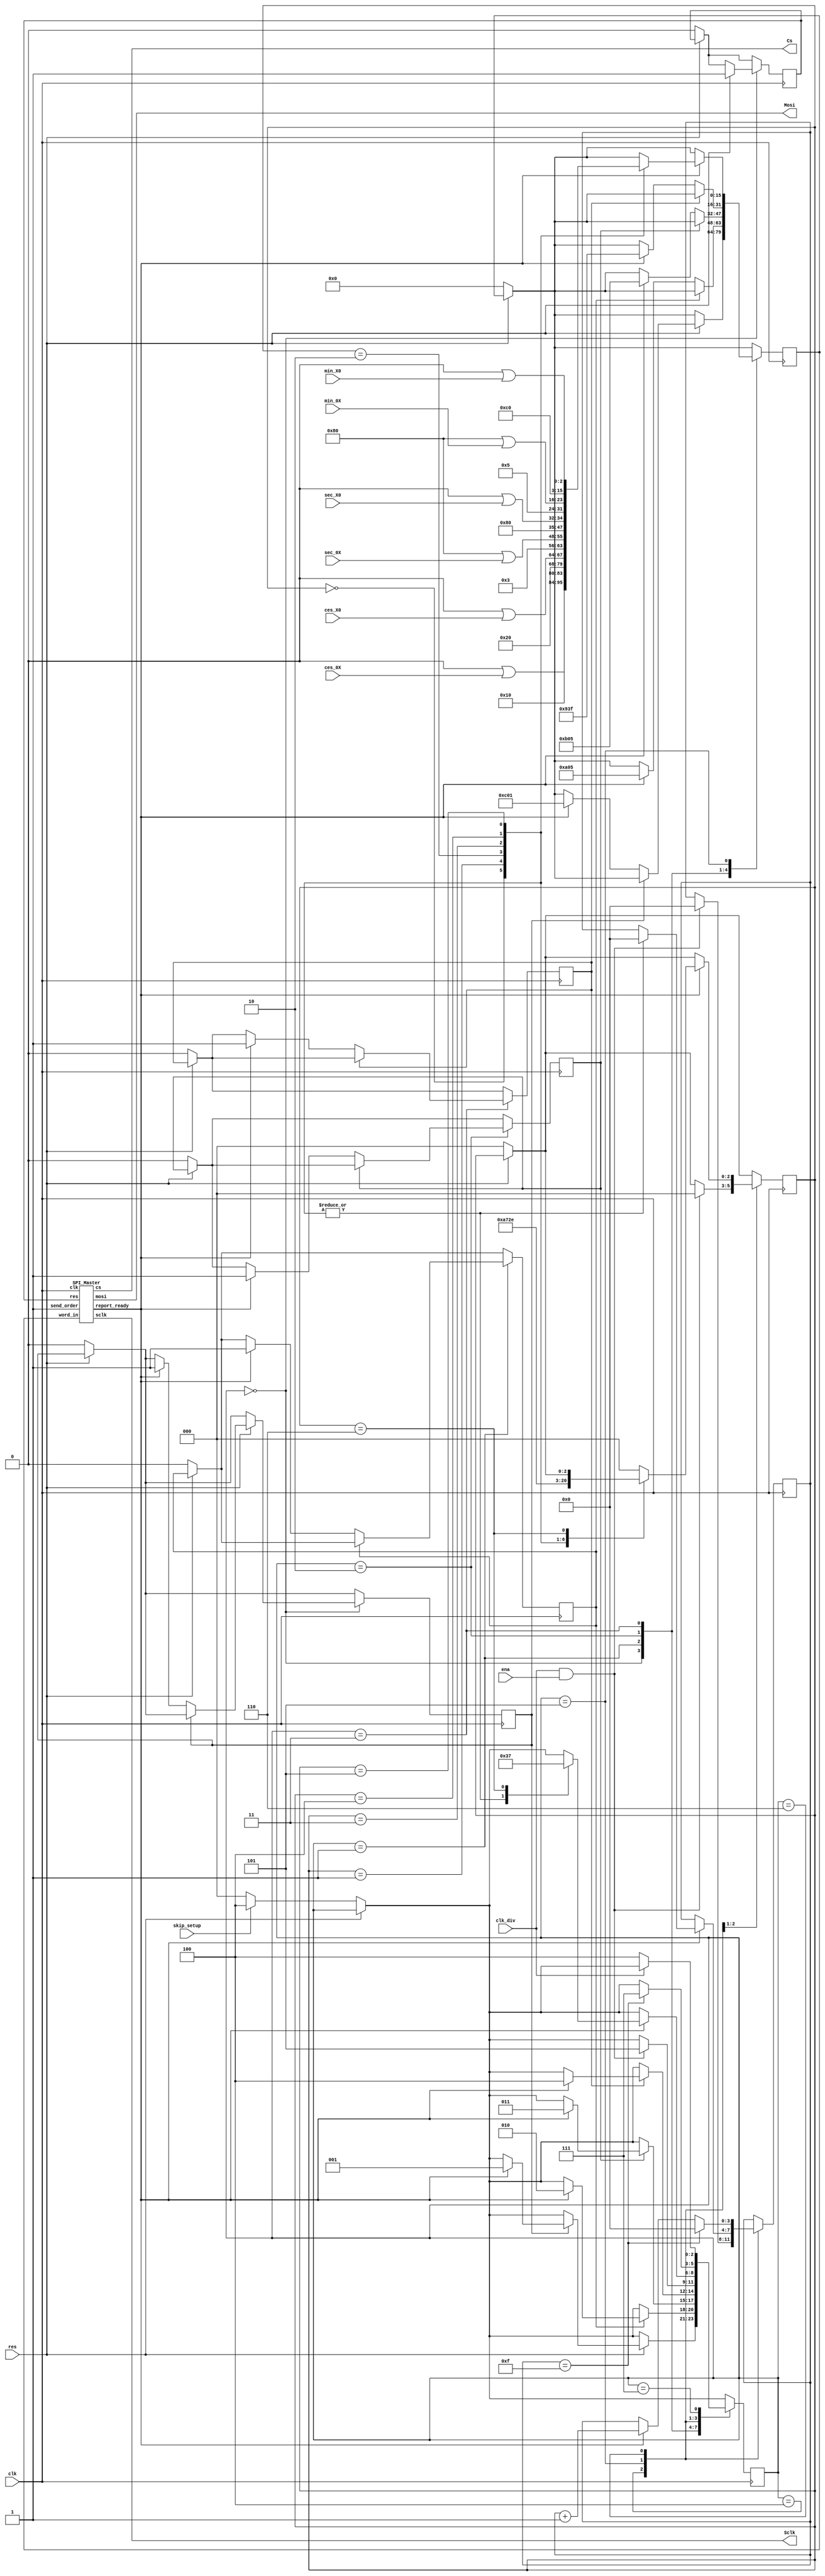
/*
 * Copyright (c) 2024 Fabio Ramirez Stern
 * SPDX-License-Identifier: Apache-2.0
 */

`define default_netname none

module SPI_driver (
  input wire clk, // 1 MHz clock to run the FSM and other loops
  input wire clk_div, // 100 Hz clock to trigger a time to be send out
  input wire res, // reset, active low
  input wire ena,

  input wire skip_setup, // high => do not send setup packages

  input wire [2:0] min_X0, // minutes
  input wire [3:0] min_0X,
  input wire [2:0] sec_X0, // seconds
  input wire [3:0] sec_0X,
  input wire [3:0] ces_X0, // centiseconds (100th)
  input wire [3:0] ces_0X,

  output wire  Cs,
  output wire Sclk,
  output wire Mosi
);

  // FSM
  reg [2:0] state;
  localparam SETUP_PWR = 3'b000;
  localparam SETUP_LUX = 3'b001;
  localparam SETUP_SCN = 3'b010;
  localparam SETUP_BCD = 3'b011;
  localparam IDLE      = 3'b100;
  localparam TRANSFER  = 3'b101;
  localparam WAIT      = 3'b110;
  localparam DONE      = 3'b111;

  reg [15:0] word_out;
  reg [2:0] digit_count;
  reg [3:0] wait_count;
  wire ready_reported; // master module reports that it is ready to transmit the next word
  reg reset_master; // reset the master module
  reg send_order; // orders the master module to send a word via SPI
  reg sent_PWR; // flags to track setup state
  reg sent_LUX;
  reg sent_SCN;
  reg sent_BCD;

  always @(posedge clk) begin  // controlling FSM
    if (!res) begin // active low reset
      reset_master <= 0;
      send_order <= 0;
      word_out <= 16'b0;
      digit_count <= 3'b0;
      sent_PWR <= 0;
      sent_LUX <= 0;
      sent_SCN <= 0;
      sent_BCD <= 0;
      if (skip_setup) begin
        state <= IDLE;
      end else begin
        state <= SETUP_PWR;
      end
    end

    case(state)

      SETUP_PWR: begin // send a setup packet to leave shutdown mode
        if (res) begin
          reset_master <= 1;
          if (!sent_PWR) begin
            if (ready_reported) begin
              word_out <= 16'b0000_1100_0000_0001; // address = shutdown mode, data = device on
              send_order <= 1;
              sent_PWR <= 1;
            end
          end
          else begin
            send_order <= 0;
            if (ready_reported) begin
              state <= SETUP_LUX;
            end
          end
        end
      end // SETUP_PWR

      SETUP_LUX: begin
        if (!sent_LUX) begin
          if (ready_reported) begin
            word_out <= 16'b0000_1010_0000_0101; // address = intensity, data = 11/32
            send_order <= 1;
            sent_LUX <= 1;
          end
        end
        else begin
          send_order <= 0;
          if (ready_reported) begin
            state <= SETUP_SCN;
          end
        end
      end

      SETUP_SCN: begin // send a setup packet enabling 6 digits
        if (!sent_SCN) begin
          if (ready_reported) begin
            word_out <= 16'b0000_1011_0000_0101; // address = scan limit, scan 6 digits
            send_order <= 1;
            sent_SCN <= 1;
          end
        end
        else begin
          send_order <= 0;
          if (ready_reported) begin
            state <= SETUP_BCD;
          end
        end
      end // SETUP_SCN

      SETUP_BCD: begin // send a setup packet enabling BCD
        if (!sent_BCD) begin
          if (ready_reported) begin
            word_out <= 16'b0000_1001_0011_1111; // address = decode mode, data = BCD for all
            send_order <= 1;
            sent_BCD <= 1;
          end
        end
        else begin
          send_order <= 0;
          if (ready_reported) begin
            state <= IDLE;
          end
        end
      end // SETUP_BCD


      IDLE: begin // wait for the 100Hz clock do initiate an update of all digits
        if (clk_div & ena) begin
          digit_count <= 3'b000;
          wait_count <= 4'b0000;
          state <= TRANSFER;
        end
      end // IDLE

      TRANSFER: begin
        if (ready_reported == 1) begin // wait for TX ready
          case(digit_count)

            3'b000: begin // ces_0X
              word_out <= {8'b0000_0001, 8'b0000_0000 | {4'b0000, ces_0X}}; // send the 16-bit word
              send_order <= 1; // order master to send data
              digit_count <= 3'b001; // advance the position counter
              wait_count <= 4'b0000;
              state <= WAIT;
            end

            3'b001: begin // ces_X0
              word_out <= {8'b0000_0010, 8'b0000_0000 | {4'b0000, ces_X0}};
              send_order <= 0;
              digit_count <= 3'b010;
              wait_count <= 4'b0000;
              state <= WAIT;
            end

            3'b010: begin // sec_0X
              word_out <= {8'b0000_0011, 8'b1000_0000 | {4'b0000, sec_0X}};
              send_order <= 0;
              digit_count <= 3'b011;
              wait_count <= 4'b0000;
              state <= WAIT;
            end

            3'b011: begin // sec_X0
              word_out <= {8'b0000_0100, 8'b0000_0000 | {5'b00000, sec_X0}};
              send_order <= 0;
              digit_count <= 3'b100;
              wait_count <= 4'b0000;
              state <= WAIT;
            end

            3'b100: begin // min_0X
              word_out <= {8'b0000_0101, 8'b1000_0000 | {4'b0000, min_0X}};
              send_order <= 0;
              digit_count <= 3'b101;
              wait_count <= 4'b0000;
              state <= WAIT;
            end

            3'b101: begin // min_X0
              word_out <= {8'b0000_0110, 8'b0000_0000 | {5'b00000, min_X0}};
              send_order <= 0;
              digit_count <= 3'b110;
              wait_count <= 4'b0000;
              state <= WAIT;
            end

            3'b110: begin // once send has been complete and CS is high again, switch state
              state <= DONE;
            end

            default:digit_count <= 3'b000;
          endcase

        end
      end // TRANSFER

      WAIT: begin
        if (wait_count == 4'b1111) begin
          state <= DONE;
          wait_count <= 4'b0;
        end else if (ready_reported) begin
          wait_count <= wait_count + 1'b1;
        end
      end


      DONE: begin // wait for the 100 Hz clock to go low again
        if (!clk_div) begin
          state <= IDLE;
        end
      end // DONE

      default:state <= SETUP_PWR;
    endcase    
  end

  SPI_Master SPI_Master1 (
    .clk(clk),
    .res(reset_master),
    .send_order(order_send),
    .word_in(word_out),

    .cs(Cs),
    .sclk(Sclk),
    .mosi(Mosi),
    .report_ready(ready_reported)
  );

endmodule // SPI_wrapper

module SPI_Master (
  input wire clk,
  input wire res,
  input wire send_order,
  input wire [15:0] word_in, // word to be sent

  output reg cs,             // Chip Select
  output reg sclk,            // serial clock
  output reg mosi,           // MOSI
  output reg report_ready    // ready for next transmission
);

  // FSM states
  localparam IDLE = 2'b00;
  localparam SEND = 2'b01;
  localparam WAIT = 2'b10;

  reg  [1:0] state;
  reg  [1:0] count_bit;  // count through the clock cylce: 00 pull low (set), 01 hold low, 10 pull high (sample), 11 hold high
  reg  [3:0] count_word; // count through the bits of the word
  reg [15:0] word_out;


  always @(posedge clk) begin
    if (!res) begin // reset, active low
      cs <= 1;
      sclk <= 0;
      mosi <= 0;
      report_ready <= 0; // goes high when CS is high and reset is complete
      state <= IDLE;
    end else begin

      case(state) // FSM

        IDLE: begin
          if (res) begin
            if (send_order == 0) begin
              report_ready <= 1;
            end
            else begin // order to send the word
              report_ready <= 0;
              count_bit <= 0;
              count_word <= 15;
              word_out <= word_in;
              cs <= 0;
              state <= SEND;
            end
          end 
        end // IDLE

        SEND: begin
          case(count_bit)

            2'b00: begin // pull low
              sclk <= 1'b0;
              count_bit <= 2'b01;

              mosi <= word_out[15];
              word_out <= word_out << 1;

              // alternative:
              /* mosi <= word_out[count_word];
              count_word <= count_word - 1; */
            end

            2'b01: begin // hold low
              sclk <= 1'b0;
              count_bit <= 2'b10;
            end

            2'b10: begin // pull high
              sclk <= 1'b1;
              count_bit <= 2'b11;
            end

            2'b11: begin // hold high
              sclk <= 1'b1;
              count_bit <= 2'b00;

              if (count_word == 0) begin // end of word? exit
                state <= WAIT;
              end else begin
                count_word <= count_word - 1; // this is here so that once it goes 0, one clock cycle is still executed
              end
            end

            default:;
          endcase
        end // SEND

        WAIT: begin // pull everything idle
          cs <= 1;
          sclk <= 0;
          mosi <= 0;
          state <= IDLE;
        end // DONE

        default:;
      endcase
    end
  end

endmodule